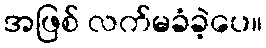
အဖြစ် လက်မခံခဲ့ပေ။